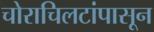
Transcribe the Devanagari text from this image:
चोराचिलटांपासून